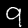
Label: 9